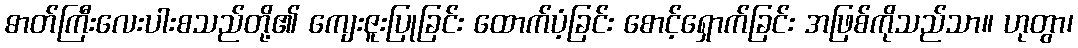
ဓာတ်ကြီးလေးပါးစသည်တို့၏ ကျေးဇူးပြုခြင်း ထောက်ပံ့ခြင်း စောင့်ရှောက်ခြင်း အဖြစ်ကိုသည်သာ။ ဟုတွာ၊